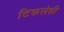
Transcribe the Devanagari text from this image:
टिकलेही